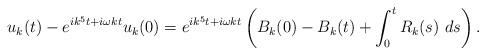
LaTeX: \begin{align*}u_{k}(t)-e^{ik^{5}t+i\omega kt}u_{k}(0)=e^{ik^{5}t+i\omega kt}\left(B_{k}(0)-B_{k}(t)+\int_{0}^{t}R_{k}(s)\ ds\right).\end{align*}